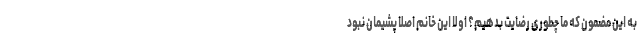
به این مضمون که ما چطوری رضایت بدهیم؟ اولا این خانم اصلا پشیمان نبود